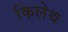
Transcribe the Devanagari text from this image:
किलेथ